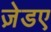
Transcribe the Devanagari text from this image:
ज़ेडए